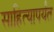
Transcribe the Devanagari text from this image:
साहित्यापर्यंत